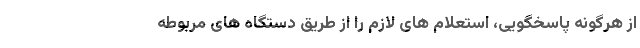
از هرگونه پاسخگویی، استعلام های لازم را از طریق دستگاه های مربوطه